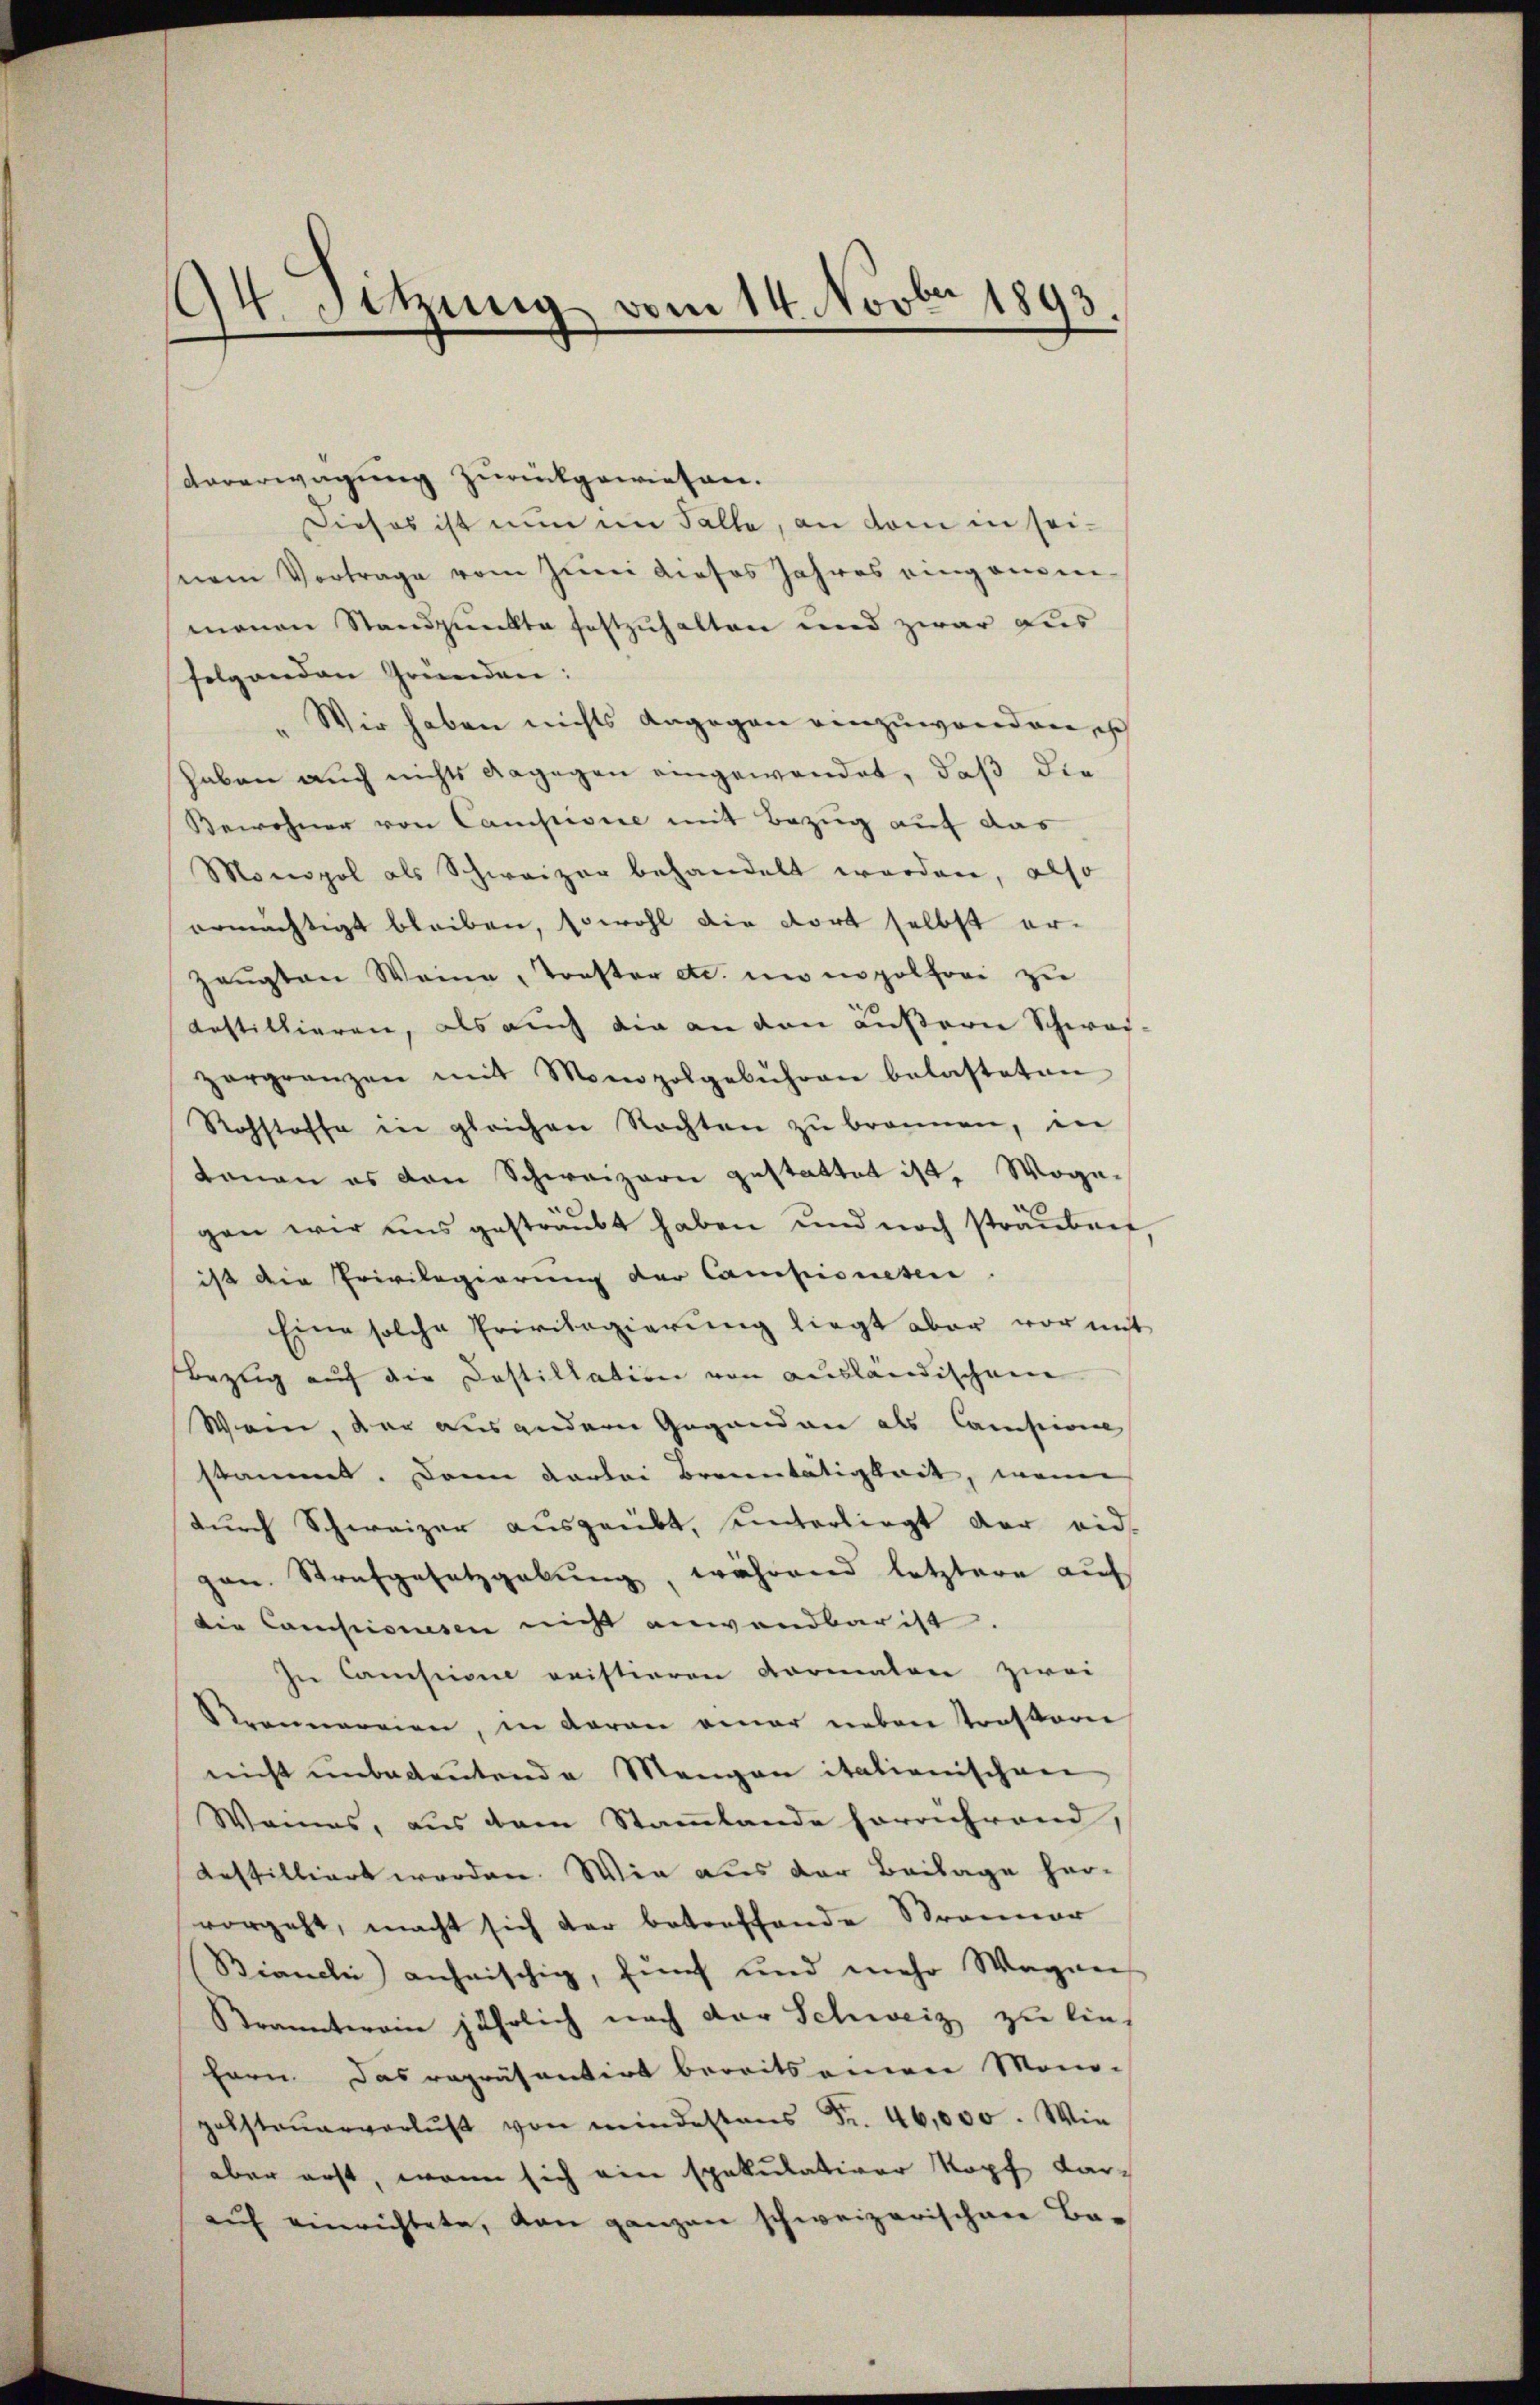
A.
Sitzung vom 14. Novbr 1893.

Vorerwägung zurückgewiesen.
Dieses ist nun im Falle, an dem in seisnem Vortrage vom Juni dieses Jahres eingenom-
manen Standpunkte festzuhalten und zwar aus
folgenden Gründen:
Wir haben nichts dagegen einzuwenden, ich
haben auch nichts dagegen eingewendet, daß die
Bewohner von Campisire mit Bezug auf das
Monopol als Schweizer behandelt worden, also
ermächtigt bleiben, sowohl die dort selbst er¬
Zeŭgten Weine, Torster etc. in ipolfrei zu
testillieren, als auch die an den äußern Schwar-
zorgrenzen mit Monopolgebühren belasteten
Rohstoffe in gleichen Nachten zu bronnen, in
donan es den Schweizern gestattet ist. Wogegen wir uns gesträubt haben und noch sträuben
ist die Privilegierung der Campionesen
Eine solche Privilegierung liegt aber vor mit
Bezug auf die Castillation von ausländischen
Wein, der aus anderer Gegenden als Campion
stammt. Dann darlei Brenntätigkeit, meine
durch Schweizer ausgeübt, unterliegt der eid.
gan. Strafgesetzgebung, während letztere auf
die Campionesen nicht anwendbar ist.
In Camision geistieren Formalen zwei
Krennereien, in daran einer neben oesterei
nicht unbedeutende Mangen italienischen
Wanns, aus dem Stammlande herrührend,
bestilliert werden. Wie aus der Beilage her-
vorgeht, macht sich der betreffende Stranner
Bianchi anheischig, fünf und mehr Wagners
Branntwein jährlich nach der Schweiz zu lief
fern. Das repräsentirt bereits einen Mono-
gabsteŭerverlust von mindestens Fr. 46,000. Wie
aber erst, wenn sich ein spekulativer Kopf daraŭf einrichtete, von ganzen schweizerischen Be¬